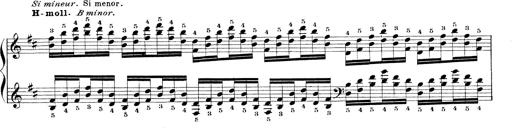
Title: Technische Studien
Composer: Franz Liszt